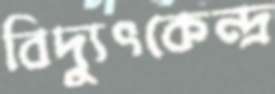
বিদ্যুৎকেন্দ্র